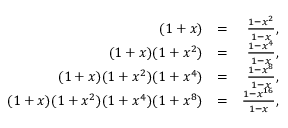
\begin{array} { r l r } { ( 1 + x ) } & { = } & { \frac { 1 - x ^ { 2 } } { 1 - x } , } \\ { ( 1 + x ) ( 1 + x ^ { 2 } ) } & { = } & { \frac { 1 - x ^ { 4 } } { 1 - x } , } \\ { ( 1 + x ) ( 1 + x ^ { 2 } ) ( 1 + x ^ { 4 } ) } & { = } & { \frac { 1 - x ^ { 8 } } { 1 - x } , } \\ { ( 1 + x ) ( 1 + x ^ { 2 } ) ( 1 + x ^ { 4 } ) ( 1 + x ^ { 8 } ) } & { = } & { \frac { 1 - x ^ { 1 6 } } { 1 - x } , } \end{array}